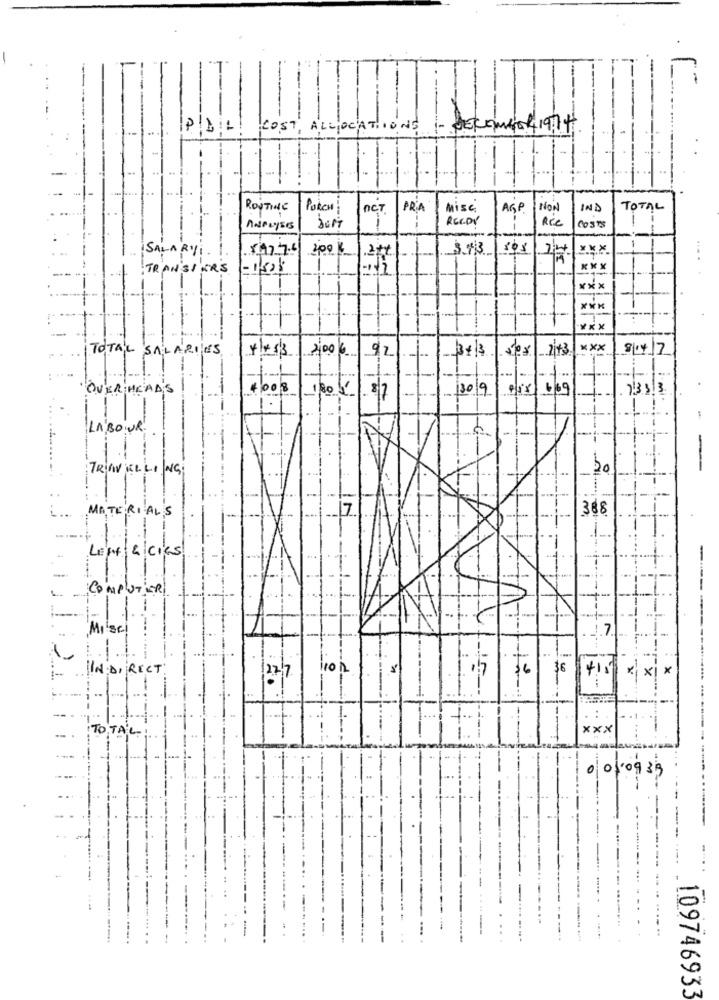
COST, ALLOCATIONS
1041974
ROUTINE
Pokon;
NET
PRA
Mise
AGP
NON
TOTAL
REEDY
Rie
-
SALARYi.
X4774
373
308
200%
TRANSIERS
-1/506
***
...
***
***
***
TOTAL SALARIES
++ 53 | 200 6
92
3+13
xxx
8/14/7
OVERHEADS
4008
11/805
209
233 3
87
LABOUR.
-
TRAVELLING
20
-
MATERIALS
17
388
LEN & CICS
-
COMPUTER
Misc!
7
INDIRECT
110 2
36
36
x
27/7
--
:
OTAL
0 0 09 39
---
109746933